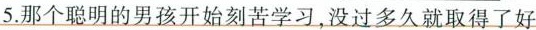
5.那个聪明的男孩开始刻苦学习，没过多久就取得了好